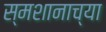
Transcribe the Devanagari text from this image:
स्मशानाच्या